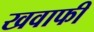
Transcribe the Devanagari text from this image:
खवाफी